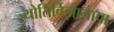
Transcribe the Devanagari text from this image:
ज्योतिर्विज्ञानाचा